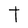
Character: t